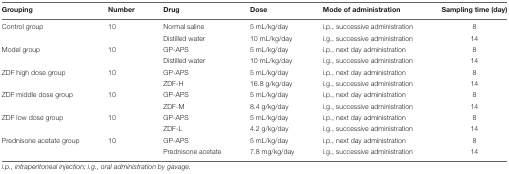
<table><thead><tr><td><b>Grouping</b></td><td><b>Number</b></td><td><b>Drug</b></td><td><b>Dose</b></td><td><b>Mode of administration</b></td><td><b>Sampling time (day)</b></td></tr></thead><tbody><tr><td>Control group</td><td>10</td><td>Normal saline</td><td>5 mL/kg/day</td><td>i.p., successive administration</td><td>8</td></tr><tr><td></td><td></td><td>Distilled water</td><td>10 mL/kg/day</td><td>i.g., successive administration</td><td>14</td></tr><tr><td>Model group</td><td>10</td><td>GP-APS</td><td>5 mL/kg/day</td><td>i.p., next day administration</td><td>8</td></tr><tr><td></td><td></td><td>Distilled water</td><td>10 mL/kg/day</td><td>i.g., successive administration</td><td>14</td></tr><tr><td>ZDF high dose group</td><td>10</td><td>GP-APS</td><td>5 mL/kg/day</td><td>i.p., next day administration</td><td>8</td></tr><tr><td></td><td></td><td>ZDF-H</td><td>16.8 g/kg/day</td><td>i.g., successive administration</td><td>14</td></tr><tr><td>ZDF middle dose group</td><td>10</td><td>GP-APS</td><td>5 mL/kg/day</td><td>i.p., next day administration</td><td>8</td></tr><tr><td></td><td></td><td>ZDF-M</td><td>8.4 g/kg/day</td><td>i.g., successive administration</td><td>14</td></tr><tr><td>ZDF low dose group</td><td>10</td><td>GP-APS</td><td>5 mL/kg/day</td><td>i.p., next day administration</td><td>8</td></tr><tr><td></td><td></td><td>ZDF-L</td><td>4.2 g/kg/day</td><td>i.g., successive administration</td><td>14</td></tr><tr><td>Prednisone acetate group</td><td>10</td><td>GP-APS</td><td>5 mL/kg/day</td><td>i.p., next day administration</td><td>8</td></tr><tr><td></td><td></td><td>Prednisone acetate</td><td>7.8 mg/kg/day</td><td>i.g., successive administration</td><td>14</td></tr></tbody></table>